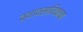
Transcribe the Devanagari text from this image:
व्यावसायिकाचा